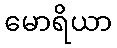
မောရိယာ